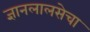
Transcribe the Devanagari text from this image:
ज्ञानलालसेचा